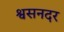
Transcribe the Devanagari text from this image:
श्वसनदर